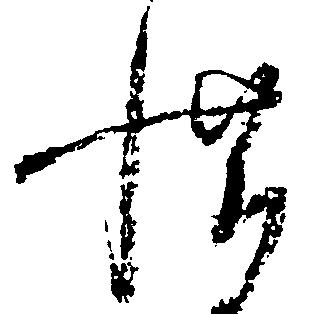
惜